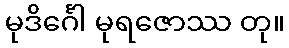
မုဒိင်္ဂေါ မုရဇောဿ တု။